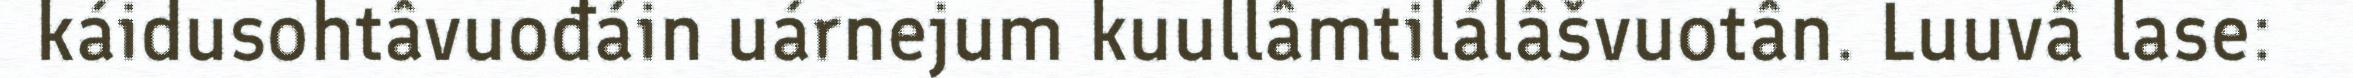
káidusohtâvuođáin uárnejum kuullâmtilálâšvuotân. Luuvâ lase: